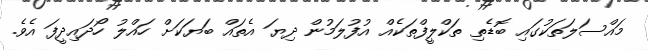
މައްސަލަތަކުގައި ބޮޑެތި ތަކްލީފްތަކެއް އުފުލަމުން ދިޔަ އެތައް ބަޔަކަށް ހައްލު ހޯދައިދީފަ އެވެ.